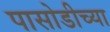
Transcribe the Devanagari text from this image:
पासोडीच्या